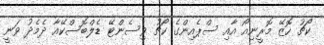
ކޯޗު ހޮޒޭ މޮރީނިއޯ އާއި ސްޕެއިންގެ ކޯޗު ވިސެންޓޭ ޑެލްބޮސްކޭއާ ދެމެދު ވަނީ